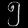
Digit: ၅